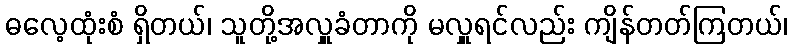
ဓလေ့ထုံးစံ ရှိတယ်၊ သူတို့အလှူခံတာကို မလှူရင်လည်း ကျိန်တတ်ကြတယ်၊